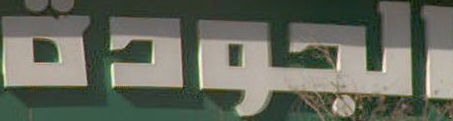
الجودة